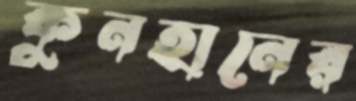
কুনহানের